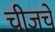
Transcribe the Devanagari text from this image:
चीजचे